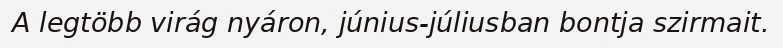
A legtöbb virág nyáron, június-júliusban bontja szirmait.